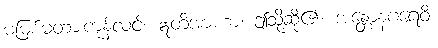
မမြစ်မတားကုန်လင့်။ ဣတိအာဟာ၊ ဤသို့ဆို၏။ အန္တောနဂရေဝိ၊